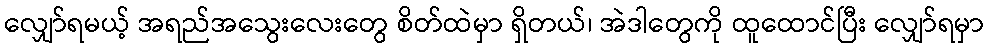
လျှော်ရမယ့် အရည်အသွေးလေးတွေ စိတ်ထဲမှာ ရှိတယ်၊ အဲဒါတွေကို ထူထောင်ပြီး လျှော်ရမှာ